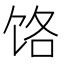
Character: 饹